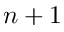
n + 1